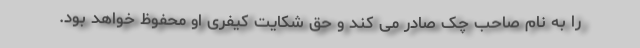
را به نام صاحب چک صادر می کند و حق شکایت کیفری او محفوظ خواهد بود.